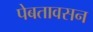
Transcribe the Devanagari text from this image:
पेबतावसन